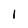
Character: 1